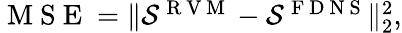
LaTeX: \begin{array}{r}{\mathrm{~M~S~E~}=\lVert\mathcal{S}^{\mathrm{~R~V~M~}}-\mathcal{S}^{\mathrm{~F~D~N~S~}}\rVert_{2}^{2},}\end{array}